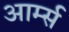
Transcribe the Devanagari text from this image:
आर्म्‍स